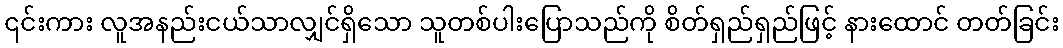
၎င်းကား လူအနည်းငယ်သာလျှင်ရှိသော သူတစ်ပါးပြောသည်ကို စိတ်ရှည်ရှည်ဖြင့် နားထောင် တတ်ခြင်း